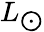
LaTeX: \begin{array}{l}{L_{\bigodot}}\end{array}